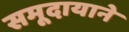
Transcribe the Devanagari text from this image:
समूदायाने